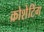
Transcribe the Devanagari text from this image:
क्रोशेटिंग